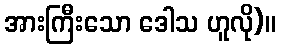
အားကြီးသော ဒေါသ ဟူလို)။